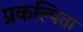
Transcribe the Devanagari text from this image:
प्रकल्पिता